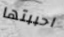
احببتها